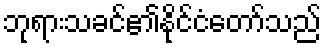
ဘုရားသခင်၏နိုင်ငံတော်သည်